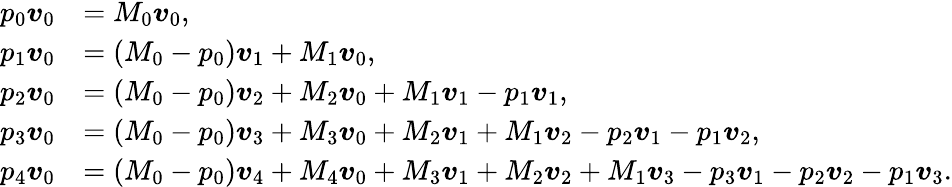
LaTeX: \begin{array}{rl}{p_{0}\boldsymbol{v}_{0}}&{=M_{0}\boldsymbol{v}_{0},}\\ {p_{1}\boldsymbol{v}_{0}}&{=(M_{0}-p_{0})\boldsymbol{v}_{1}+M_{1}\boldsymbol{v}_{0},}\\ {p_{2}\boldsymbol{v}_{0}}&{=(M_{0}-p_{0})\boldsymbol{v}_{2}+M_{2}\boldsymbol{v}_{0}+M_{1}\boldsymbol{v}_{1}-p_{1}\boldsymbol{v}_{1},}\\ {p_{3}\boldsymbol{v}_{0}}&{=(M_{0}-p_{0})\boldsymbol{v}_{3}+M_{3}\boldsymbol{v}_{0}+M_{2}\boldsymbol{v}_{1}+M_{1}\boldsymbol{v}_{2}-p_{2}\boldsymbol{v}_{1}-p_{1}\boldsymbol{v}_{2},}\\ {p_{4}\boldsymbol{v}_{0}}&{=(M_{0}-p_{0})\boldsymbol{v}_{4}+M_{4}\boldsymbol{v}_{0}+M_{3}\boldsymbol{v}_{1}+M_{2}\boldsymbol{v}_{2}+M_{1}\boldsymbol{v}_{3}-p_{3}\boldsymbol{v}_{1}-p_{2}\boldsymbol{v}_{2}-p_{1}\boldsymbol{v}_{3}.}\end{array}